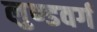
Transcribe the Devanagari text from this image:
लुण्डवर्ग